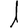
Digit: 1